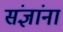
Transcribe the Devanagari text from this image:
संज्ञांना